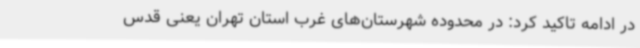
در ادامه تاکید کرد: در محدوده شهرستان‌های غرب استان تهران یعنی قدس